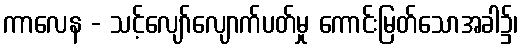
ကာလေန - သင့်လျော်လျောက်ပတ်မှု ကောင်းမြတ်သောအခါ၌၊